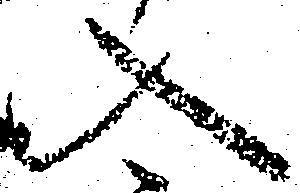
入